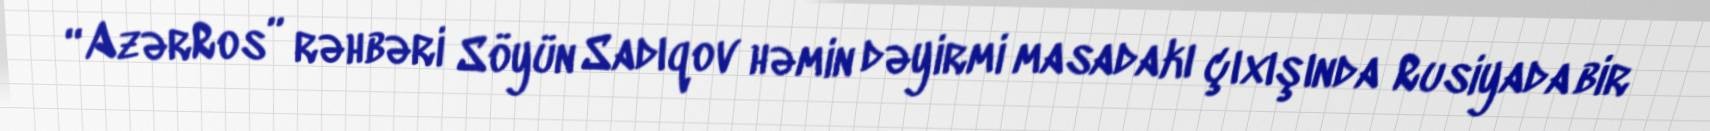
“AzərRos” rəhbəri Söyün Sadıqov həmin dəyirmi masadakı çıxışında Rusiyada bir